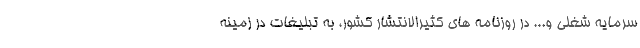
سرمایه شغلی و... در روزنامه های کثیرالانتشار کشور، به تبلیغات در زمینه